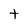
Character: t